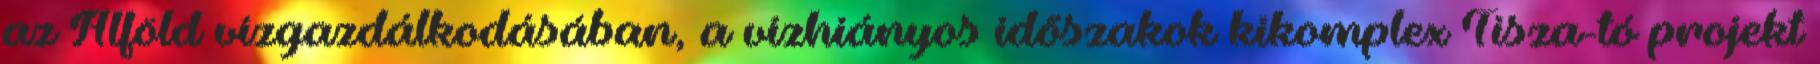
az Alföld vízgazdálkodásában, a vízhiányos idõszakok kikomplex Tisza-tó projekt